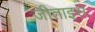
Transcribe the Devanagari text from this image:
जीताइस